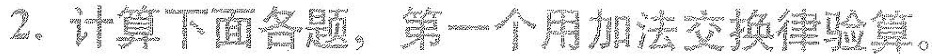
2.计算下面各题，第一个用加法交换律验算。